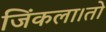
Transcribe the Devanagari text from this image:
जिंकला।तो